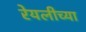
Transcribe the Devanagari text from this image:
रेयलीच्या